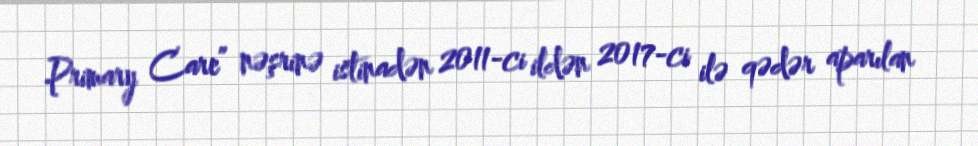
Primary Care” nəşrinə istinadən 2011-ci ildən 2017-ci ilə qədər aparılan